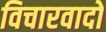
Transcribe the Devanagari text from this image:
विचारवादों